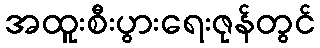
အထူးစီးပွားရေးဇုန်တွင်